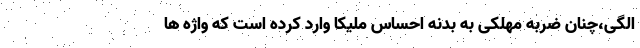
الگی،چنان ضربه مهلکی به بدنه احساس ملیکا وارد کرده است که واژه ها